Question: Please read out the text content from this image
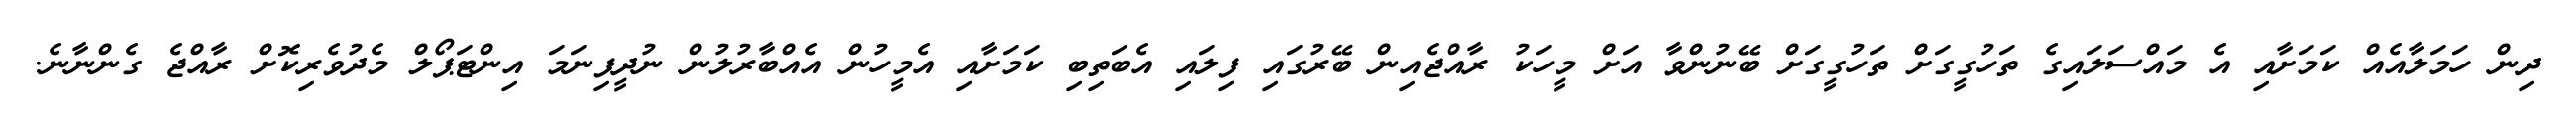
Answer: ދިން ހަމަލާއެއް ކަމަށާއި އެ މައްސަލައިގެ ތަހުގީގަށް ތަހުގީގަށް ބޭނުންވާ އަށް މީހަކު ރާއްޖެއިން ބޭރުގައި ފިލައި އެބަތިބި ކަމަށާއި އެމީހުން އެއްބާރުލުން ނުދީފިނަމަ އިންޓަޕޯލް މެދުވެރިކޮށް ރާއްޖެ ގެންނާނެ.